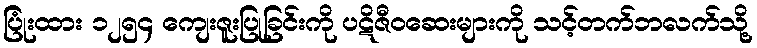
ပြုံးထား ၁၂၅၄ ကျေးဇူးပြုခြင်းကို ပဋိဇီဝဆေးများကို သင့်တက်ဘလက်သို့